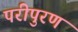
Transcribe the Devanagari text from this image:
परीपुरण